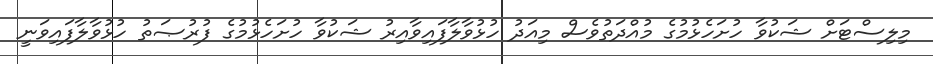
މިލިސްޓަށް ޝަކުވާ ހުށަހެޅުމުގެ މުއްދަތުވެސް މިއަދު ހުޅުވާލާފައިވާއިރު ޝަކުވާ ހުށަހެޅުމުގެ ފުރުޞަތު ހުޅުވާލާފައިވަނީ